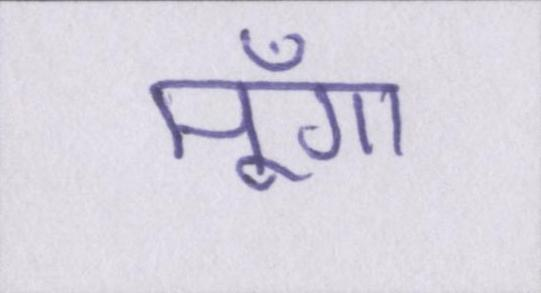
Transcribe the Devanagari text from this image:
मूँगा